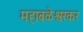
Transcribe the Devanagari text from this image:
महाबळेश्वरकर